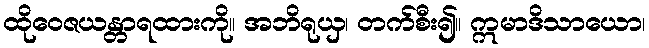
ထိုဝေဇယန္တာရထားကို။ အဘိရုယှ၊ တက်စီး၍။ ဣမာဒိသာယော၊